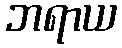
ဘရာယ